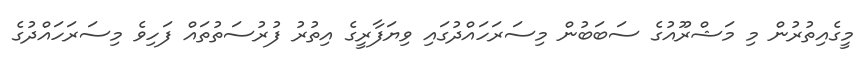
މީގެއިތުރުން މި މަޝްރޫއުގެ ސަބަބުން މިސަރަހައްދުގައި ވިޔަފާރީގެ އިތުރު ފުރުސަތުތައް ފަހިވެ މިސަރަހައްދުގެ